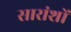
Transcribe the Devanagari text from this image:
सारांशों